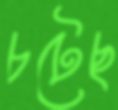
চটেছ